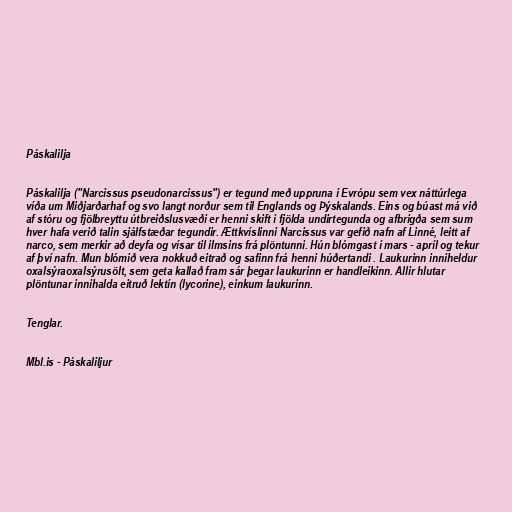
Páskalilja

Páskalilja ("Narcissus pseudonarcissus") er tegund með uppruna í Evrópu sem vex náttúrlega
víða um Miðjarðarhaf og svo langt norður sem til Englands og Þýskalands. Eins og búast má við
af stóru og fjölbreyttu útbreiðslusvæði er henni skift í fjölda undirtegunda og afbrigða sem sum
hver hafa verið talin sjálfstæðar tegundir. Ættkvíslinni Narcissus var gefið nafn af Linné, leitt af
narco, sem merkir að deyfa og vísar til ilmsins frá plöntunni. Hún blómgast í mars - apríl og tekur
af því nafn. Mun blómið vera nokkuð eitrað og safinn frá henni húðertandi . Laukurinn inniheldur
oxalsýraoxalsýrusölt, sem geta kallað fram sár þegar laukurinn er handleikinn. Allir hlutar
plöntunar innihalda eitruð lektín (lycorine), einkum laukurinn.

Tenglar.

Mbl.is - Páskaliljur